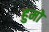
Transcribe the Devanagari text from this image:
हुमो